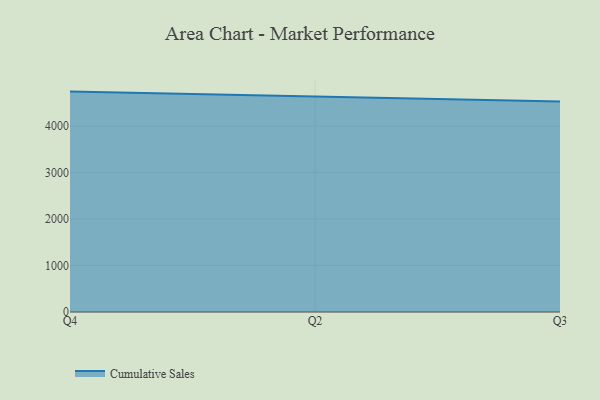
{"axis": {"x": "Quarter", "y": "Inventory Turnover"}, "legend": ["Cumulative Sales"], "data": [{"x": "Q4", "y": 4738.9, "type": "Cumulative Sales"}, {"x": "Q2", "y": 4625.2, "type": "Cumulative Sales"}, {"x": "Q3", "y": 4525.0, "type": "Cumulative Sales"}]}